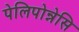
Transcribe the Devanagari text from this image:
पेलिपोन्नेसि